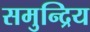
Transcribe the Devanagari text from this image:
समुन्द्रिय